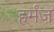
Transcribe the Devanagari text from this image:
हर्मंज़